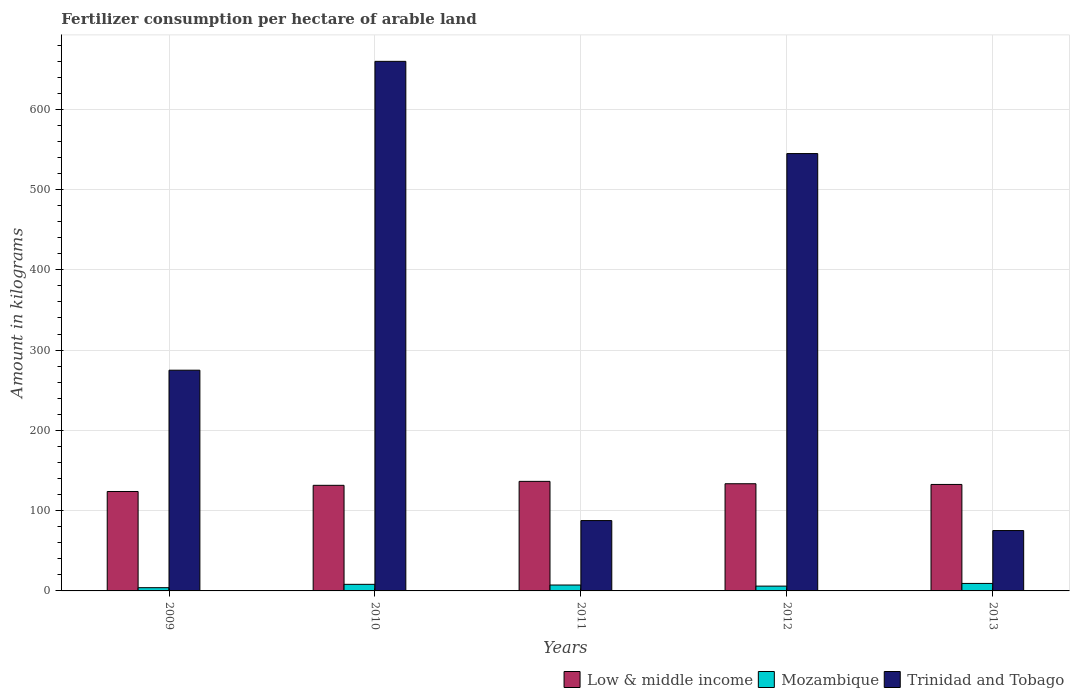
| Years | Low & middle income | Mozambique | Trinidad and Tobago |
 | --- | --- | --- | --- |
 | 2009 | 124 | 4.03 | 275 |
 | 2010 | 132 | 8.2 | 660 |
 | 2011 | 136 | 7.36 | 87.6 |
 | 2012 | 134 | 5.99 | 545 |
 | 2013 | 133 | 9.32 | 75.2 |